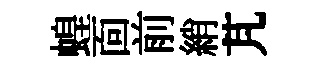
蝗靣前綃芃